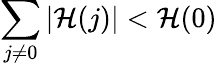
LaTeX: \sum_{j\neq0}\left|\mathcal{H}(j)\right|<\mathcal{H}(0)